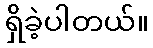
ရှိခဲ့ပါတယ်။